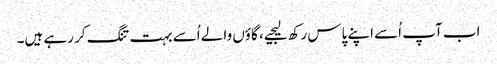
اب آپ اُسے اپنے پاس رکھ لیجیے، گاؤں والے اُسے بہت تنگ کر رہے ہیں۔